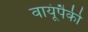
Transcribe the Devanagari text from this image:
वायूंपैकी